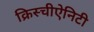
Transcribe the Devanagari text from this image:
क्रिस्चीऐनिटी